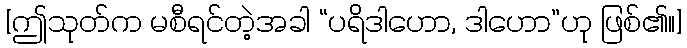
[ဤသုတ်က မစီရင်တဲ့အခါ “ပရိဒါဟော, ဒါဟော”ဟု ဖြစ်၏။]